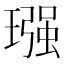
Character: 𮴵